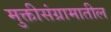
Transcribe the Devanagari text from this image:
मुक्तीसंग्रामातील